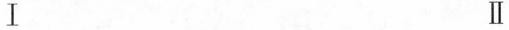
Ⅰ Ⅱ